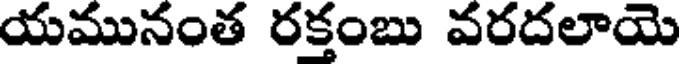
యమునంత రక్తంబు వరదలాయె